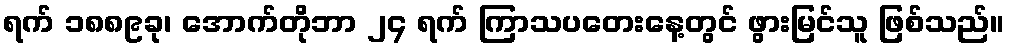
ရက် ၁၈၈၉ခု၊ အောက်တိုဘာ ၂၄ ရက် ကြာသပတေးနေ့တွင် ဖွားမြင်သူ ဖြစ်သည်။